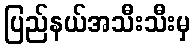
ပြည်နယ်အသီးသီးမှ